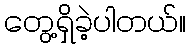
တွေ့ရှိခဲ့ပါတယ်။